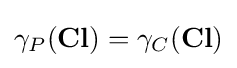
\gamma _{P}(\mathbf {Cl} )=\gamma _{C}(\mathbf {Cl} )\,\!